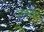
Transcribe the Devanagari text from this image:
उतकृष्टता